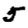
Digit: 5